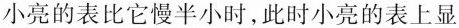
小亮的表比它慢半小时，此时小亮的表上显